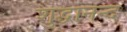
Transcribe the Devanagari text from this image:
शुद्धानन्द